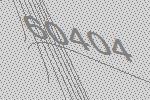
60404